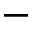
-